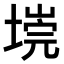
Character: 𭏐